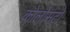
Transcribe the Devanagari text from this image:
कोलोसंटो